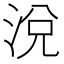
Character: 涗